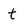
Character: t